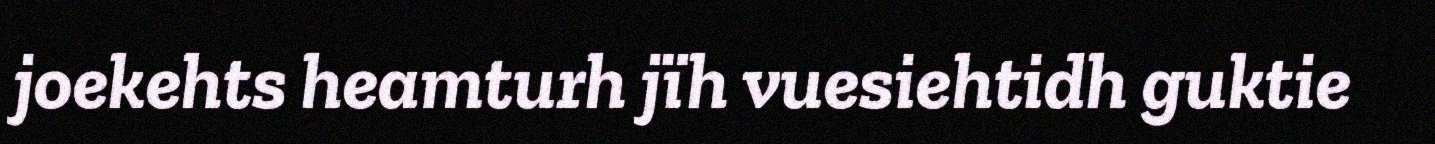
joekehts heamturh jïh vuesiehtidh guktie